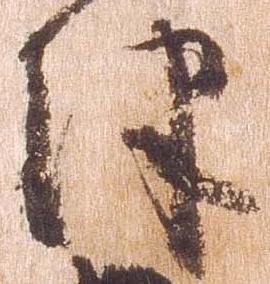
津